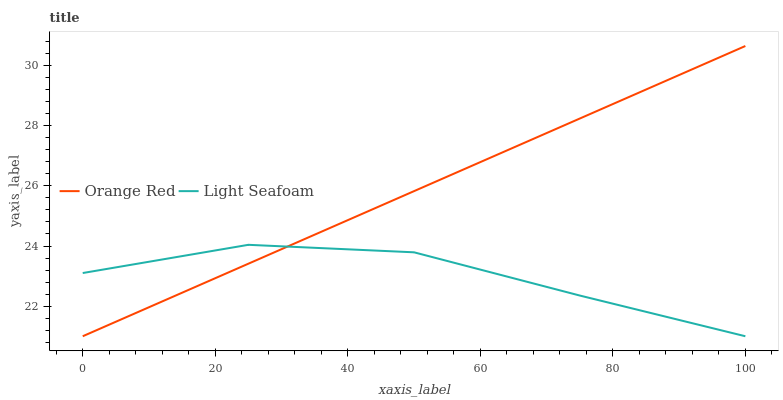
| xaxis_label | Orange Red | Light Seafoam |
 | --- | --- | --- |
 | 0 | 21 | 23.1 |
 | 25 | 23.4 | 24 |
 | 50 | 25.8 | 23.8 |
 | 75 | 28.2 | 22.4 |
 | 100 | 30.6 | 21 |